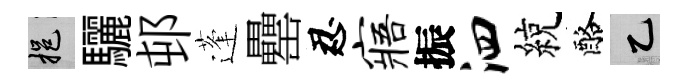
挹驪邨蓬罍忍寤振泗綂酪乙